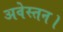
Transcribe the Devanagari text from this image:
अवेस्तन।